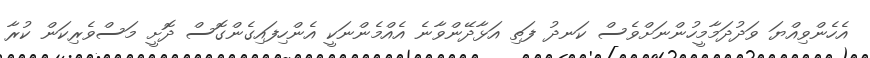
އެހެންވިއްޔަ ވަދުދަމާމީހުންނަށްވެސް ކަނދު ފަތި އަޅާދޭންވާނެ އެއްމެންނަކީ އެންހިފައިގެންގޮސް ދޮށީ މަސްވެރިކަން ކުރާ